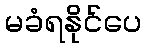
မခံရနိုင်ပေ